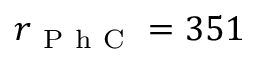
r _ { \mathrm { ~ P ~ h ~ C ~ } } = 3 5 1